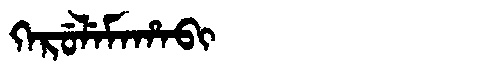
Manchu: ᡴᡝᡵᡠᠯᡝᠮᠠᡥᠠᠪᡳ
Romanization: KERULEMAHABI